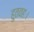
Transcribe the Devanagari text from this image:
हुतवहः।